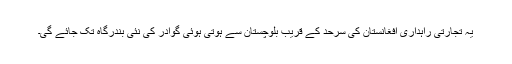
یہ تجارتی راہداری افغانستان کی سرحد کے قریب بلوچستان سے ہوتی ہوئی گوادر کی نئی بندرگاہ تک جائے گی۔